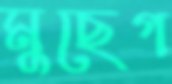
মুছেগ